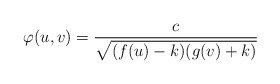
\begin{align*}\varphi (u,v)=\frac{c}{\sqrt{(f(u)-k)(g(v)+k)}}\end{align*}